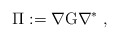
\begin{align*} \Pi := \nabla{\rm G}\nabla^\ast \;,\end{align*}